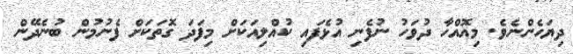
ދިޔަހެންނެވެ. މިއޮއްހާ ދުވަހު ނުފެނި އުޅެފައި ކުއްލިއަކަށް މިފަދަ ގޮތަކަށް ފެނުމުން ބުނެދޭން